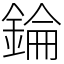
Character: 錀